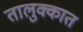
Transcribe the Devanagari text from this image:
तालुक्कात